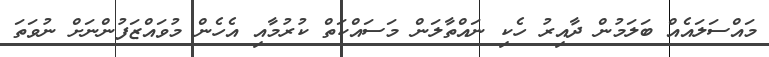
މައްސަލައެއް ބަލަމުން ދާއިރު ހެކި ނައްތާލަން މަސައްކަތް ކުރުމާއި އެހެން މުވައްޒަފުންނަށް ނުވަތަ